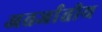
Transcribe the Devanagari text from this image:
अतर्जातीय